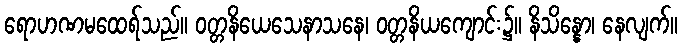
ရောဟဏမထေရ်သည်။ ဝတ္တနိယေသေနာသနေ၊ ဝတ္တနိယကျောင်း၌။ နိသိန္နော၊ နေလျက်။